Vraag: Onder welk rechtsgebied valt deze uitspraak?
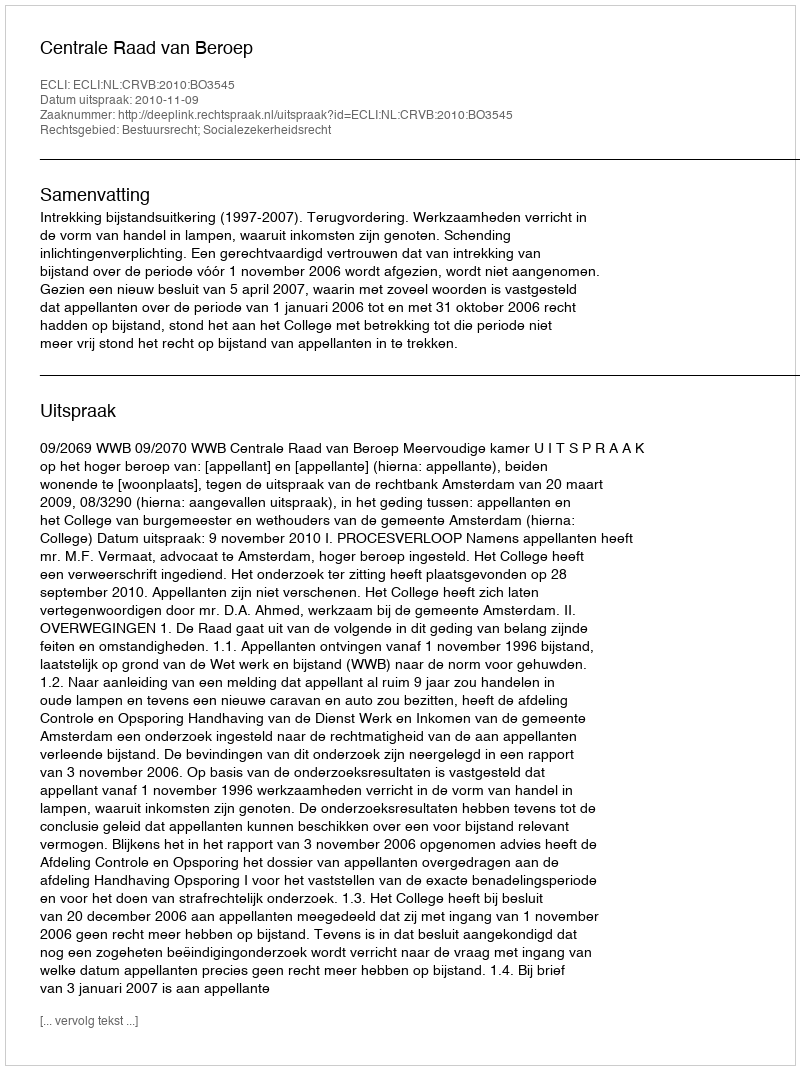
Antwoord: Bestuursrecht; Socialezekerheidsrecht